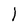
Character: 1